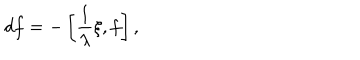
d f = - \left[ \frac { 1 } { \lambda } \xi , f \right] , ~ ~ ~